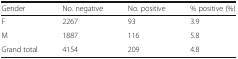
| Gender | No. negative | No. positive | % positive (%) |
 | --- | --- | --- | --- |
 | F | 2267 | 93 | 3.9 |
 | M | 1887 | 116 | 5.8 |
 | Grand total | 4154 | 209 | 4.8 |